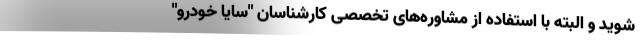
شوید و البته با استفاده از مشاوره‌های تخصصی کارشناسان "سایا خودرو"